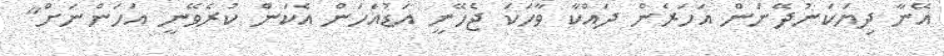
އޭނާ ދިޔަކަނުދޭނަން އަހަރެން ދައްކާ ވާހަކަ ޖެހޭނީ އަޑުއަހަން އެކަން ކުރެވޭނީ އަހަންނަށް"